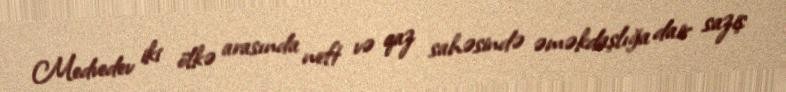
Medvedev iki ölkə arasında neft və qaz sahəsində əməkdaşlığa dair saziş